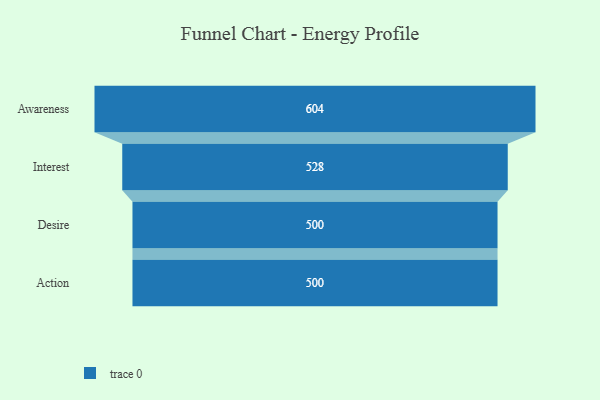
{"axis": {"x": "Stage", "y": "Value"}, "legend": [""], "data": [{"x": "Awareness", "y": 604.0, "type": ""}, {"x": "Interest", "y": 528.0, "type": ""}, {"x": "Desire", "y": 500, "type": ""}, {"x": "Action", "y": 500, "type": ""}]}